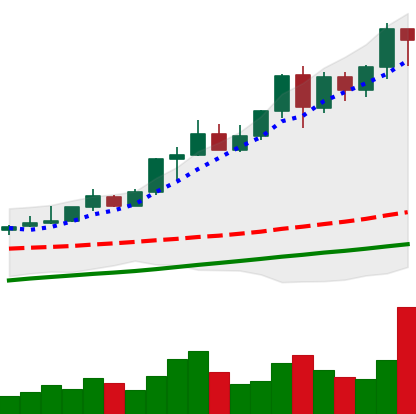
Ticker: XMR-USD
Chart end date: 2020-08-07
Forward return: -4.048%
Label: down_3_5